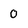
Character: O